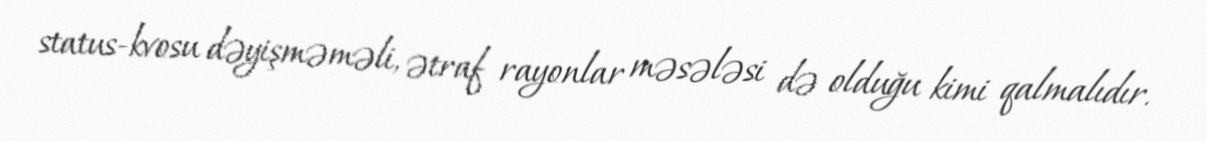
status-kvosu dəyişməməli, ətraf rayonlar məsələsi də olduğu kimi qalmalıdır.